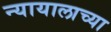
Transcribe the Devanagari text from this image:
न्यायालाच्या